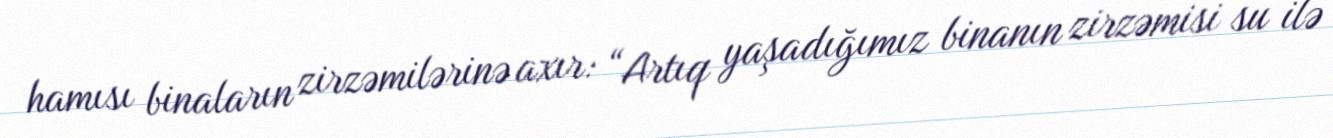
hamısı binaların zirzəmilərinə axır: “Artıq yaşadığımız binanın zirzəmisi su ilə